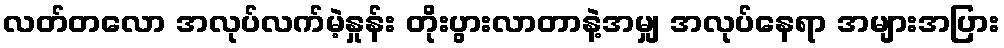
လတ်တလော အလုပ်လက်မဲ့နှုန်း တိုးပွားလာတာနဲ့အမျှ အလုပ်နေရာ အများအပြား